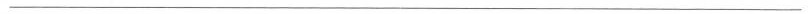
___